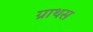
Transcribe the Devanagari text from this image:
ग्राथस